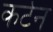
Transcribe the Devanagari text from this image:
कर्टन